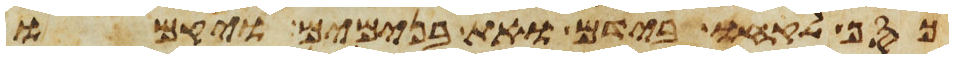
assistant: כסף לקחו בידם ואת בנימים ויקמו